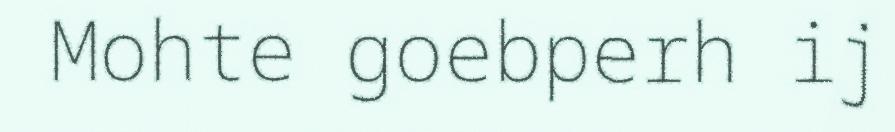
Mohte goebperh ij